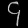
Digit: ၄